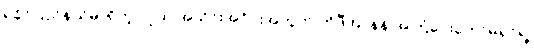
ရခိုင်ပြည်နယ်မှာရှိတဲ့ လူထု အသိုင်းအဝိုင်းအတွက် ကိုဖီအာနန် အကြံပေးကော်မရှင်ရဲ့